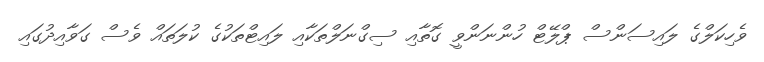
ވެހިކަލްގެ ލައިސަންސް ޕްލޭޓް ހުންނަންވީ ގޮތާއި ސިގްނަލްތަކާއި ލައިޓްތަކުގެ ކުލަތައް ވެސް ގަވާއިދުގައި